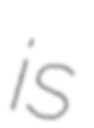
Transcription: is